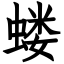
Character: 蝼